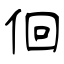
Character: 佪